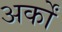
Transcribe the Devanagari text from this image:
अर्कों